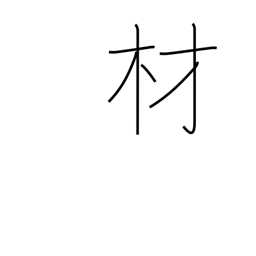
Meaning: timber